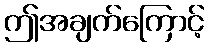
ဤအချက်ကြောင့်